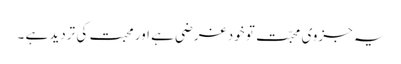
یہ جزوی محبّت تو خود غرضی ہے اور محبت کی تردید ہے ۔